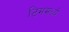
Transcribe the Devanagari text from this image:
टिममध्ये